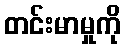
တင်းမာမှုကို